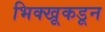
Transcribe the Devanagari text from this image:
भिक्खूकडून